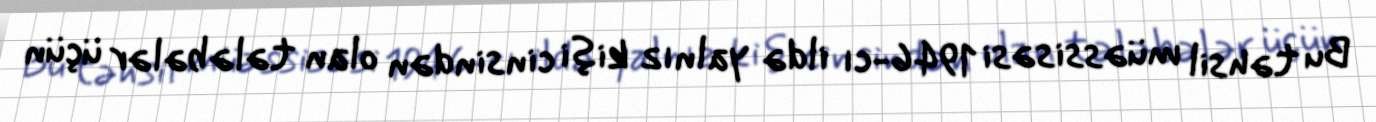
Bu təhsil müəssisəsi 1946-cı ildə yalnız kişi cinsindən olan tələbələr üçün